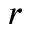
r